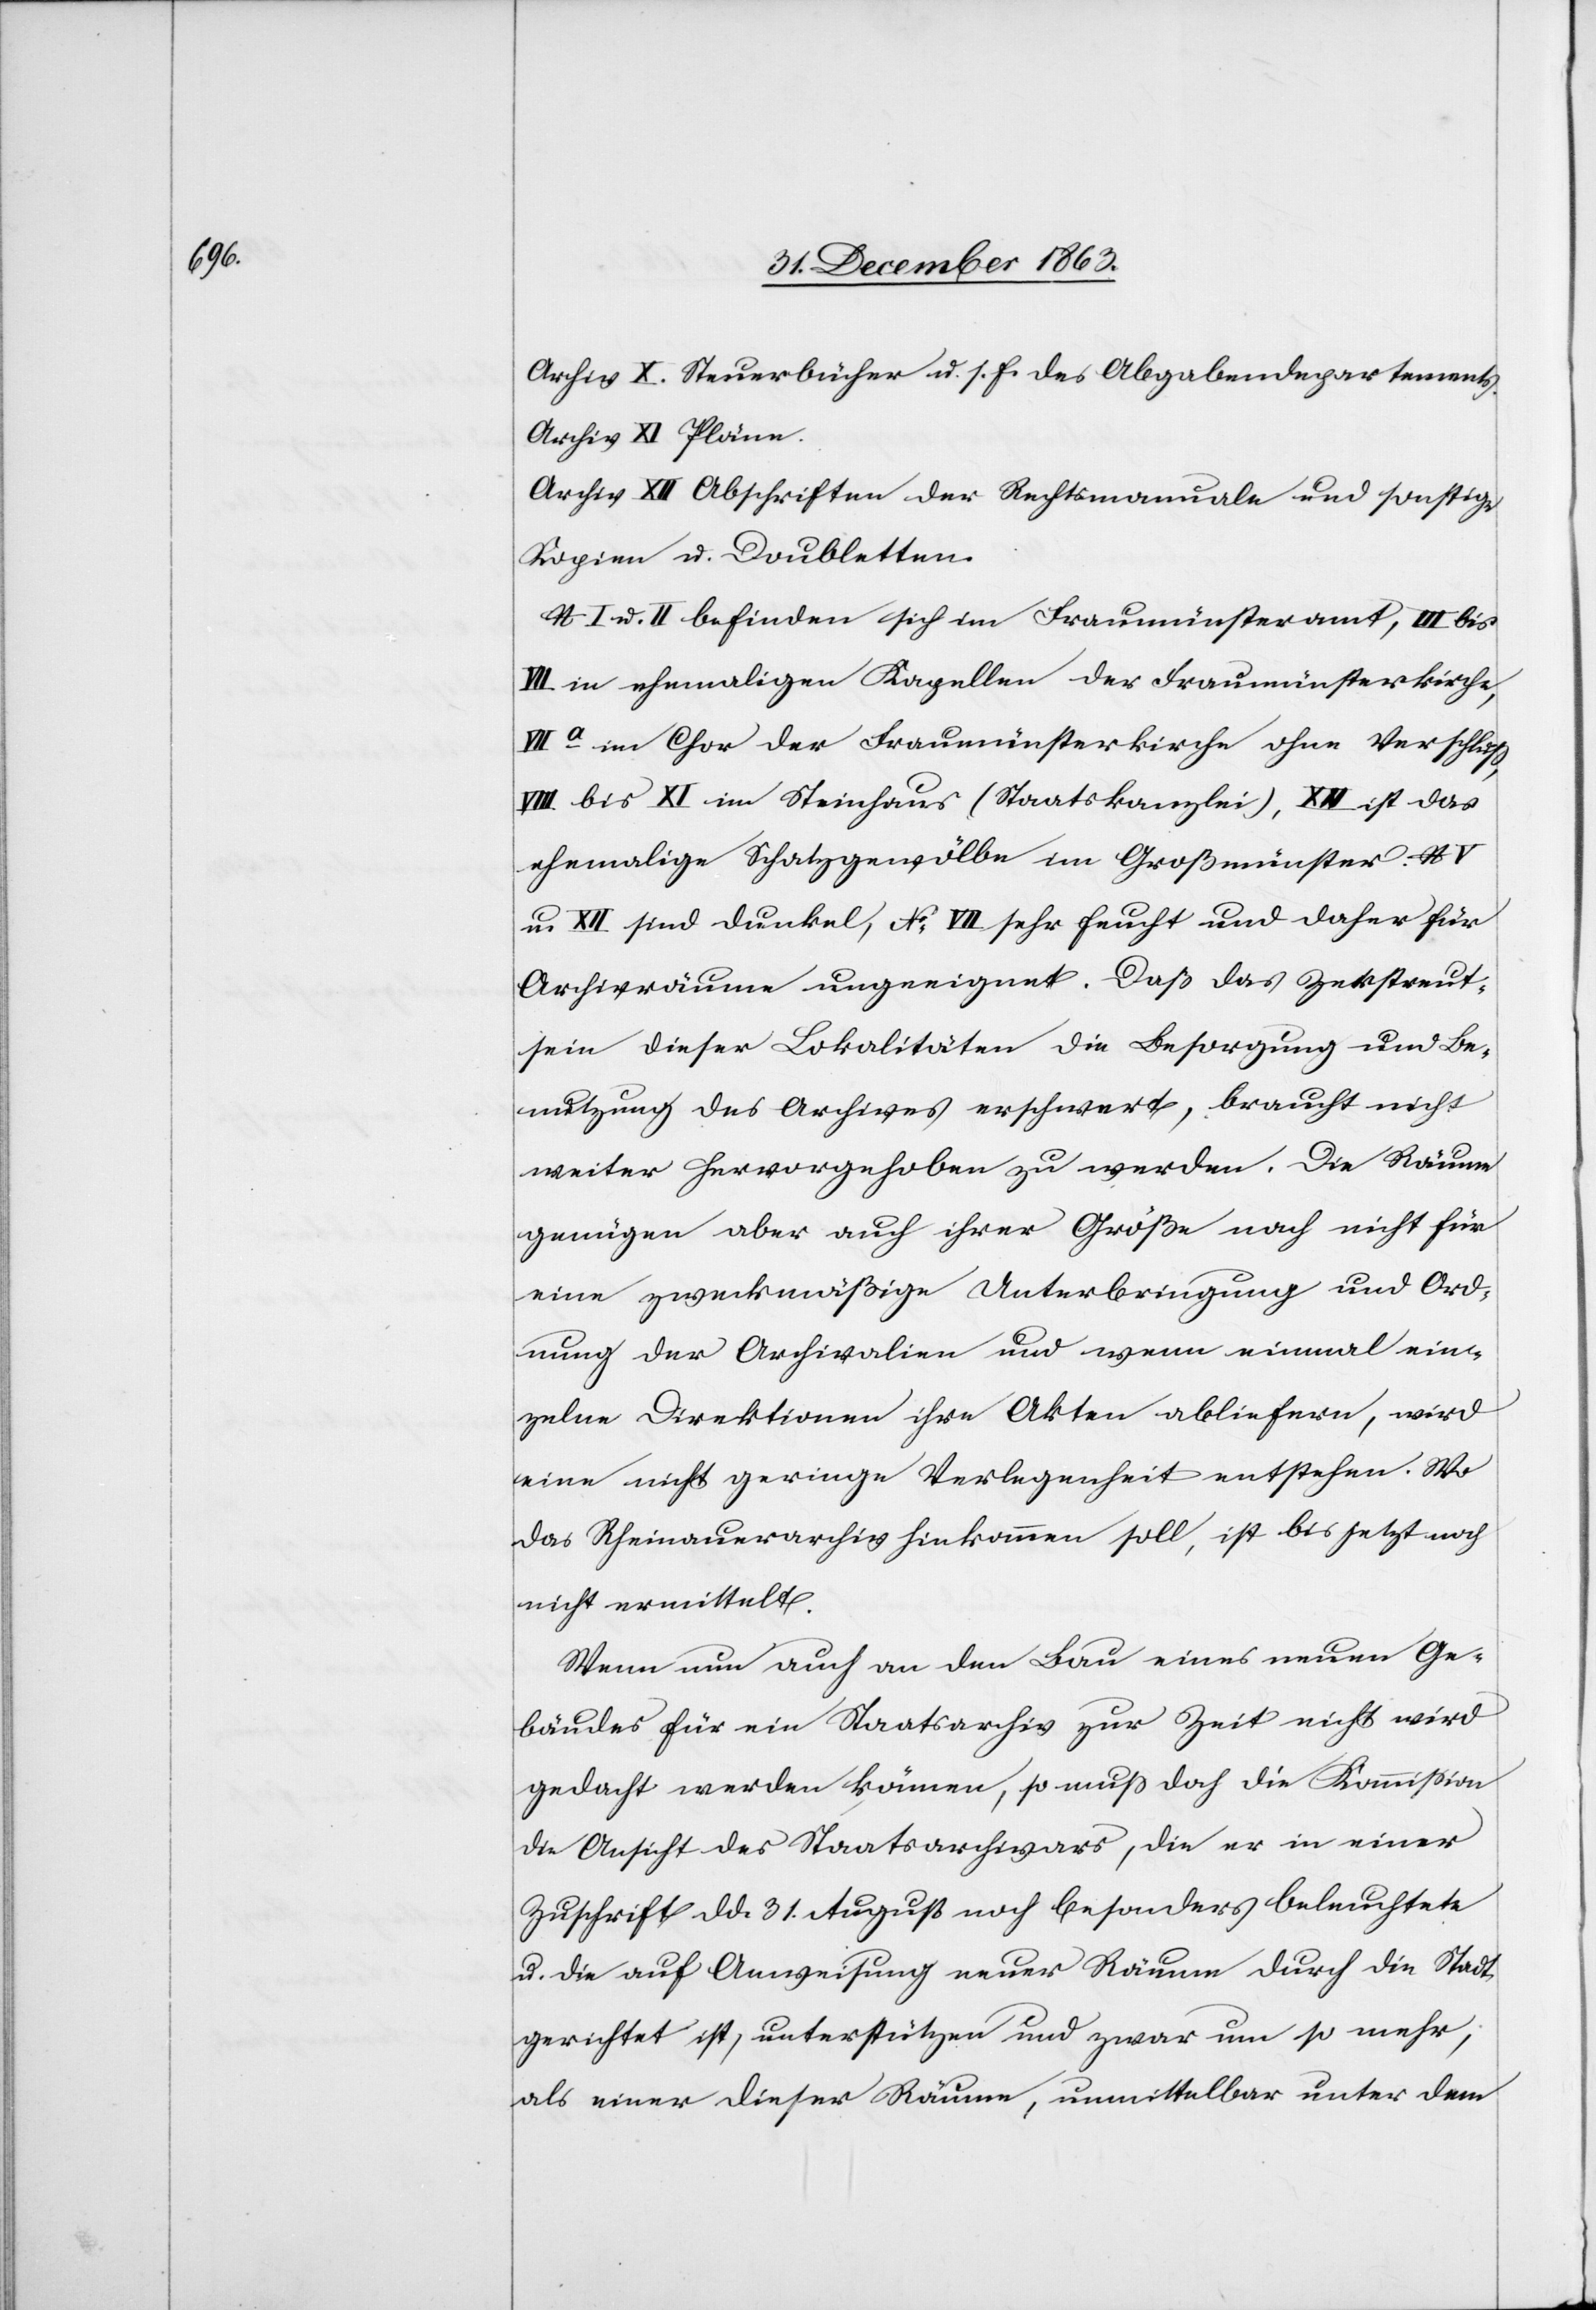
Archiv X. Steuerbücher u. s. f. des Abgabendepartements.
Archiv XI. Pläne.
Archiv XII. Abschriften der Rechtsmanuale und sonstige
Kopien u. Doubletten.
No I u. II befinden sich im Fraumünsteramt, III bis
VII in ehemaligen Kapellen der Fraumünsterkirche,
VIIa im Chor der Fraumünsterkirche ohne Verschlus¬
VIII bis XI im Steinhaus (Staatskanzlei), XII ist das
ehemalige Schatzgewölbe im Großmünster. No V
u. XII sind dunkel, No VII sehr feucht und daher für
Archivräume ungeeignet. Daß das Zerstreut¬
sein dieser Lokalitäten die Besorgung und Be¬
nutzung des Archives erschwert, braucht nicht
weiter hervorgehoben zu werden. Die Räume
genügen aber auch ihrer Größe nach nicht für
eine zweckmäßige Unterbringung und Ord¬
nung der Archivalien und wenn einmal ein¬
zelne Direktionen ihre Akten abliefern, wird
eine nicht geringe Verlegenheit entstehen. Wo
das Rheinauerarchiv hinkommen soll, ist bis jetzt noch
nicht ermittelt.
Wenn nun auch an den Bau eines neuen Ge¬
bäudes für ein Staatsarchiv zur Zeit nicht wird
gedacht werden können, so muss doch die Kommission
die Ansicht des Staatsarchivars, die er in einer
Zuschrift d. d. 31. August noch besonders beleuchtete
u. die auf Anweisung neuer Räume durch die Stadt
gerichtet ist, unterstützen und zwar um so mehr,
als einer dieser Räume, unmittelbar unter dem

s,